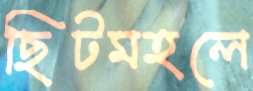
ছিটমহলে